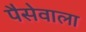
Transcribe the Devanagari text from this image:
पैसेवाला